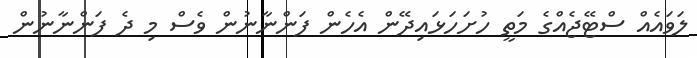
ލަވައެއް ސްޓޭޖެއްގެ މަތީ ހުށަހަޅައިދޭން އެހެން ފަންނާނުން ވެސް މި ދެ ފަންނާނުން